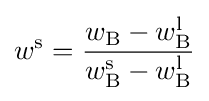
w^{\rm {s}}={\frac {w_{\rm {B}}-w_{\rm {B}}^{\rm {l}}}{w_{\rm {B}}^{\rm {s}}-w_{\rm {B}}^{\rm {l}}}}